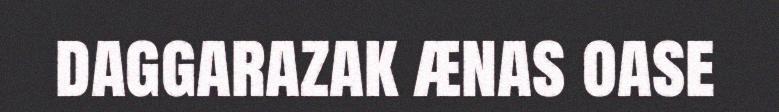
daggarazak ænas oase